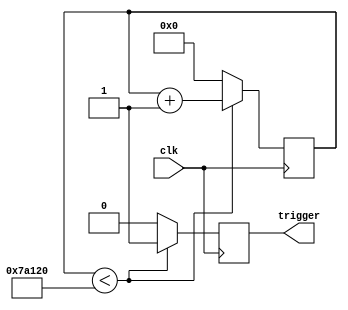
/*
 * Generated by Digital. Don't modify this file!
 * Any changes will be lost if this file is regenerated.
 */
module ContadorConTrigger(
    input wire clk,          
    output reg trigger       
);

reg [19:0] contador1;        
parameter limite = 20'd500000;     

always @(posedge clk) begin
    if (contador1 < limite) begin
        contador1 <= contador1 + 1;
        trigger <= 1;
    end else begin
        contador1 = 0;
        trigger = 0;
    end
end

endmodule
module ContadorConEcho(
    input wire clk,           // Entrada de reloj
    input wire echo,          // Entrada de control (cuando echo=1, se incrementa el contador)
    output reg [19:0] contador2 // Salida del contador de 32 bits
);

always @(posedge clk) 
    begin
		if(echo==1)
			begin
				contador2=contador2+1; //Se va almacenando en un contador si el ultrasonido genera el echo
			end
		else
			begin 
				contador2=0;
			end
	end

endmodule
module ControlLed(
    input clk,
    input wire [19:0] contador2,  
    output reg led1,   
    output reg led2, 
    output reg led3   
);


parameter L1=20'd90000; 
parameter L1m=20'd60000; //20.58cm 
parameter L2=20'd35000;  //12cm
parameter L2m=20'd20000;
parameter L3=20'd20000; //Para entre 2cm
parameter L3m=20'd3000; //Para 1cm


always @(contador2) 
	begin

		if (contador2>L1m && contador2<L1)
			begin
				led1 <= 1;
				led2 <= 0;
				led3 <= 0;  
			end
		else if (contador2>L2m && contador2<L2)
			begin
				led1 <= 0;
				led2 <= 0;
				led3 <= 1;  
			end
		else if (contador2>L3m && contador2<L3)
			begin
				led1 <= 0;
				led2 <= 1;
				led3 <= 0;  
			end
	end

endmodule

module sensor(
  input clk,
  input echo,
  output trig,
  output led1,
  output led2,
  output led3
);
  wire [19:0] s0;
  // ContadorConTrigger
  ContadorConTrigger ContadorConTrigger_i0 (
    .clk( clk ),
    .trigger( trig )
  );
  // ContadorConEcho
  ContadorConEcho ContadorConEcho_i1 (
    .clk( clk ),
    .echo( echo ),
    .contador2( s0 )
  );
  // ControlLed
  ControlLed ControlLed_i2 (
    .clk( clk ),
    .contador2( s0 ),
    .led1( led1 ),
    .led2( led2 ),
    .led3( led3 )
  );
endmodule